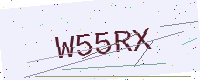
Text: W55RX